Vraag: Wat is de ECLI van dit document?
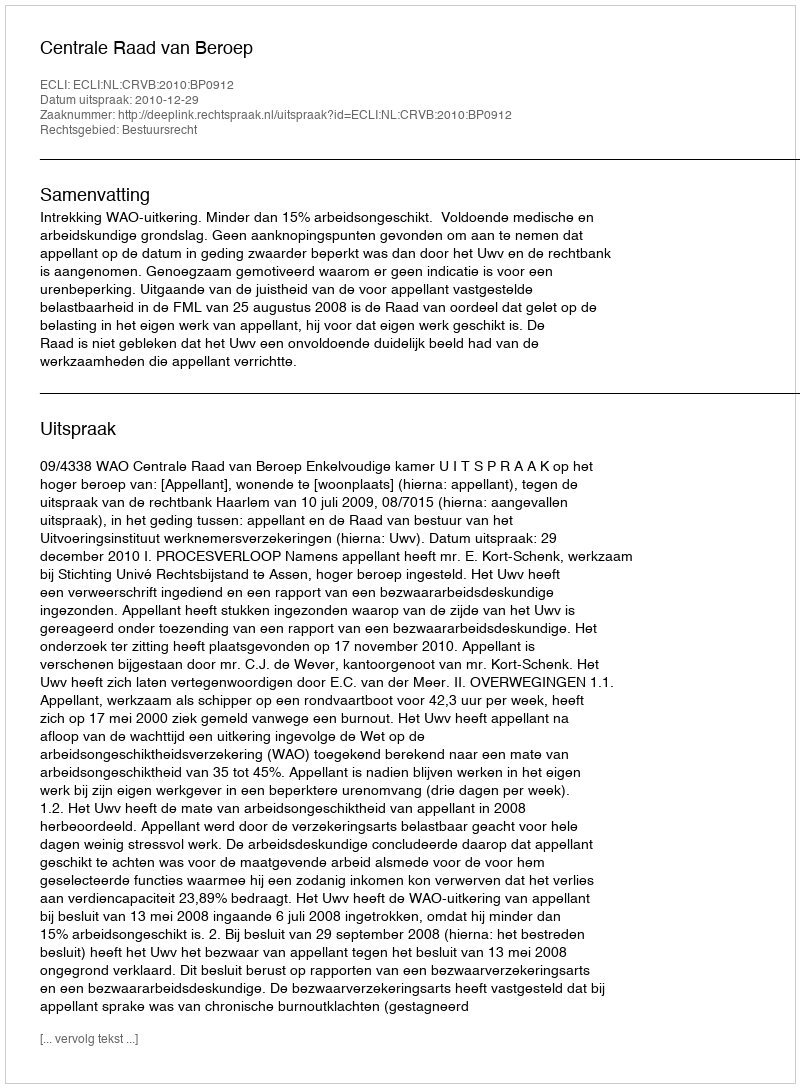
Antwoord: ECLI:NL:CRVB:2010:BP0912